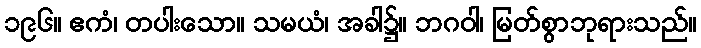
၁၉၆။ ဧကံ၊ တပါးသော။ သမယံ၊ အခါ၌။ ဘဂဝါ၊ မြတ်စွာဘုရားသည်။